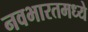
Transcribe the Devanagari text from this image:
नवभारतमध्ये